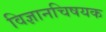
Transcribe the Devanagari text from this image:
विज्ञानचिषयक